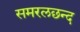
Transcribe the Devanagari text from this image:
समरलछन्द